Report on vaccination proceedings throughout the Government of Bengal -
Year: 1868
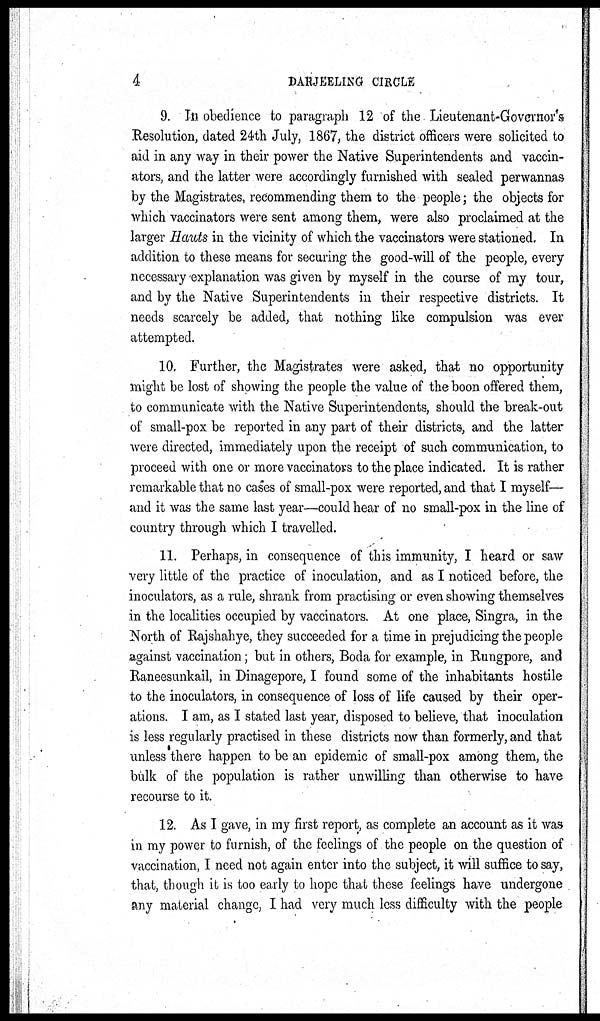
4
DARJEELING CIRCLE
9. In obedience to paragraph 12 of the Lieutenant-Governor's
Resolution, dated 24th July, 1867, the district officers were solicited to
aid in any way in their power the Native Superintendents and vaccin-
ators, and the latter were accordingly furnished with sealed perwannas
by the Magistrates, recommending them to the people; the objects for
which vaccinators were sent among them, were also proclaimed at the
larger Hauts in the vicinity of which the vaccinators were stationed. In
addition to these means for securing the good-will of the people, every
necessary explanation was given by myself in the course of my tour,
and by the Native Superintendents in their respective districts. It
needs scarcely be added, that nothing like compulsion was ever
attempted.
10. Further, the Magistrates were asked, that no opportunity
might be lost of showing the people the value of the boon offered them,
to communicate with the Native Superintendents, should the break-out
of small-pox be reported in any part of their districts, and the latter
were directed, immediately upon the receipt of such communication, to
proceed with one or more vaccinators to the place indicated. It is rather
remarkable that no cases of small-pox were reported, and that I myself—
and it was the same last year—could hear of no small-pox in the line of
country through which I travelled.
11. Perhaps, in consequence of this immunity, I heard or saw
very little of the practice of inoculation, and as I noticed before, the
inoculators, as a rule, shrank from practising or even showing themselves
in the localities occupied by vaccinators. At one place, Singra, in the
North of Rajshahye, they succeeded for a time in prejudicing the people
against vaccination; but in others, Boda for example, in Rungpore, and
Raneesunkail, in Dinagepore, I found some of the inhabitants hostile
to the inoculators, in consequence of loss of life caused by their oper-
ations. I am, as I stated last year, disposed to believe, that inoculation
is less regularly practised in these districts now than formerly, and that
unless there happen to be an epidemic of small-pox among them, the
bulk of the population is rather unwilling than otherwise to have
recourse to it.
12. As I gave, in my first report, as complete an account as it was
in my power to furnish, of the feelings of the people on the question of
vaccination, I need not again enter into the subject, it will suffice to say,
that, though it is too early to hope that these feelings have undergone
any material change, I had very much less difficulty with the people